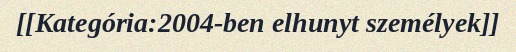
[[Kategória:2004-ben elhunyt személyek]]